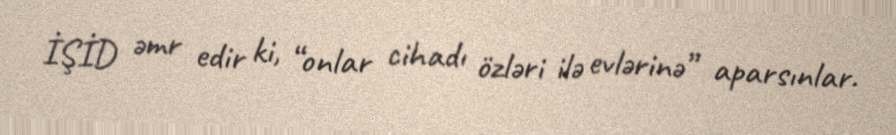
İŞİD əmr edir ki, “onlar cihadı özləri ilə evlərinə” aparsınlar.